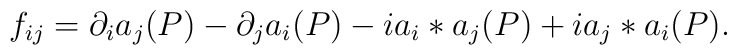
f_{ij}=\partial_ia_j(P)-\partial_ja_i(P)-ia_i*a_j(P)+ia_j*a_i(P).